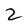
Character: 2